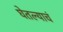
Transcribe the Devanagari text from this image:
घेतल्याचं